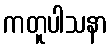
ကတူပါသနာ